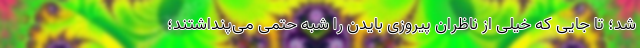
شد؛ تا جایی که خیلی‌ از ناظران پیروزی بایدن را شبه حتمی می‌پنداشتند؛